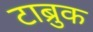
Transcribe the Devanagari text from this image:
टाब्रुक